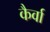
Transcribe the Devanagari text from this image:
कैर्वा